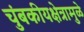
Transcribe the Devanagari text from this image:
चुंबकीयक्षेत्रामुळे